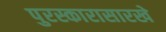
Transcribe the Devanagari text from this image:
पुरस्कारासारखे